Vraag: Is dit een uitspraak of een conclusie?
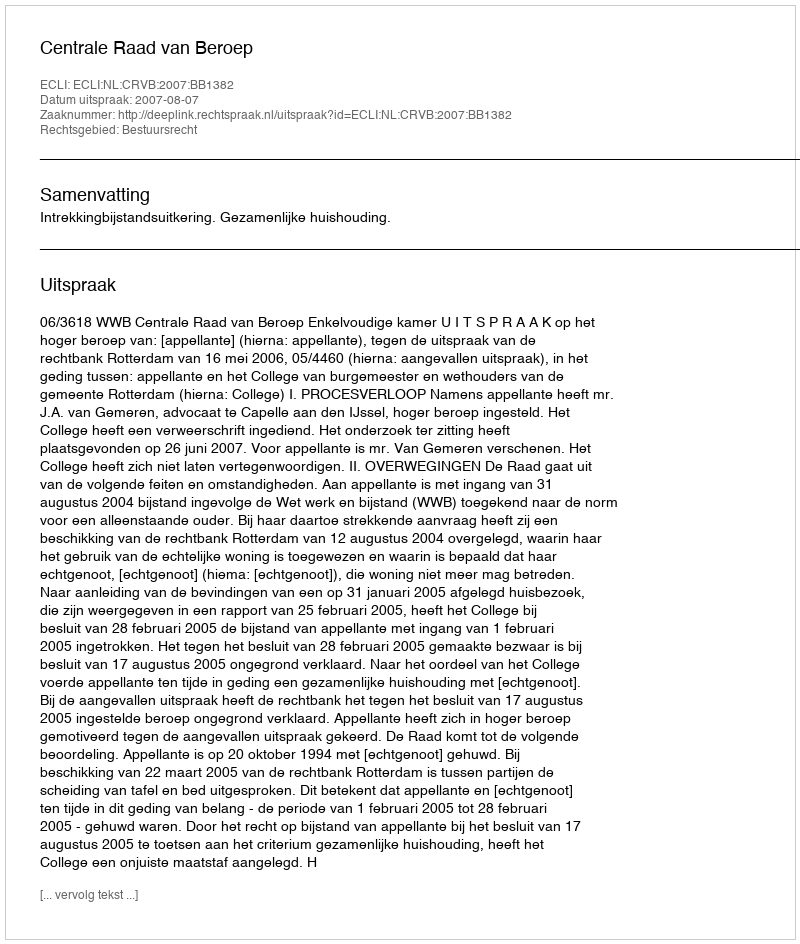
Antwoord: Uitspraak